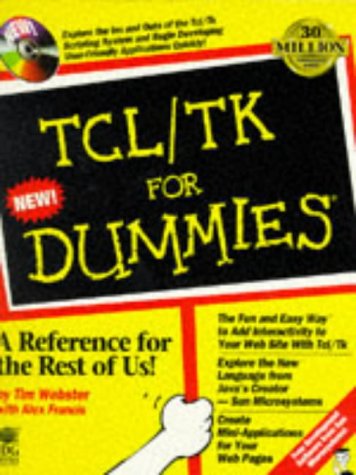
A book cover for Tcl/Tk For DummiesÃE; Tim Webster; Computers & Technology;